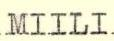
MIILI